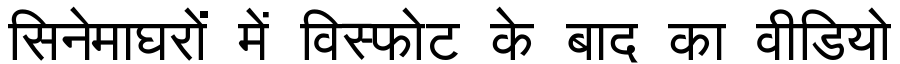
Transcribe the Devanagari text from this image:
सिनेमाघरों में विस्फोट के बाद का वीडियो